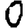
Digit: 0